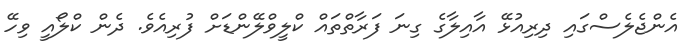
އެންޖެލެސްގައި ދިރިއުޅޭ އާއިލާގެ ގިނަ ފަރާތްތައް ކްލީވްލޭންޑަށް ފުރިއެވެ. ދެން ކްލޯއީ ވިހޭ